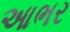
આભર